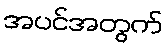
အပင်အတွက်